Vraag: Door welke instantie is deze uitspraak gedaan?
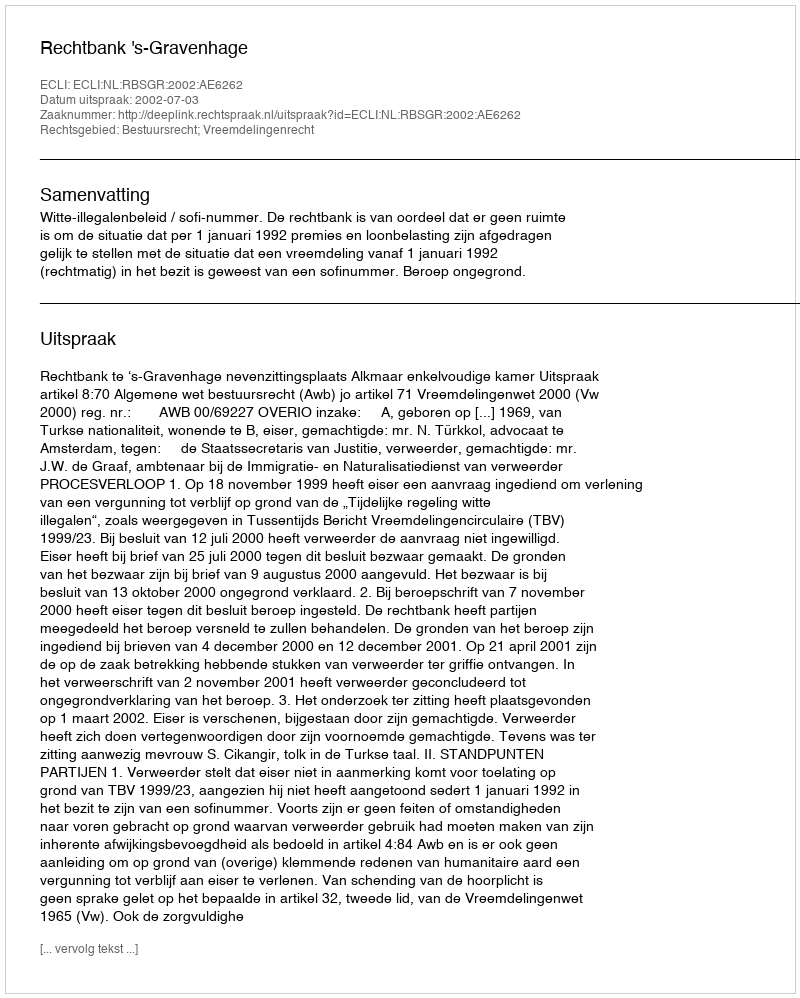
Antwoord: Rechtbank 's-Gravenhage